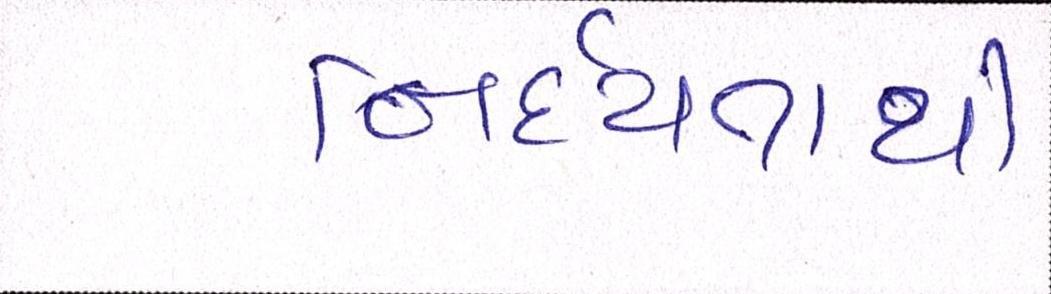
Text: નિર્દયતાથી